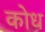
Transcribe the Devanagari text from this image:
कोध